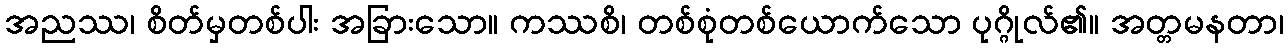
အညဿ၊ စိတ်မှတစ်ပါး အခြားသော။ ကဿစိ၊ တစ်စုံတစ်ယောက်သော ပုဂ္ဂိုလ်၏။ အတ္တမနတာ၊